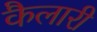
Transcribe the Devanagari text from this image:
कैलारी